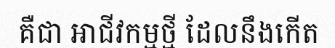
គឺជា អាជីវកម្មថ្មី ដែលនឹងកើត